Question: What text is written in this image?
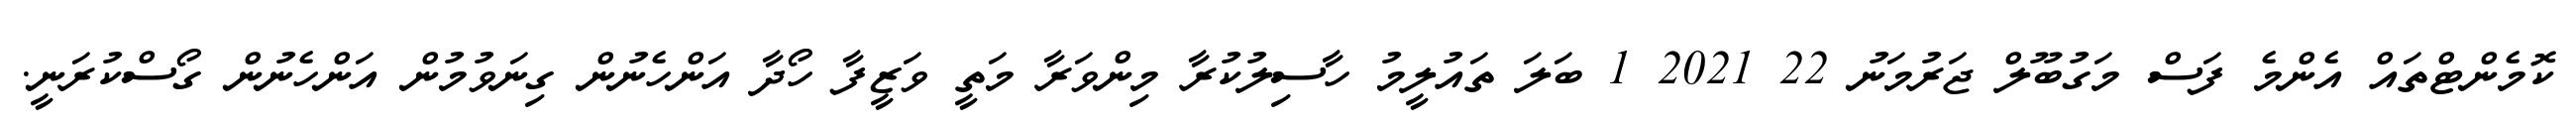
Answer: ކޮމެންޓްތައް އެންމެ ފަސް މަގުބޫލް ޖަރުމަނު 22 2021 1 ބަލަ ތައުލީމު ހާސިލުކުރާ މިންވަރާ މަތީ ވަޒީފާ ހޯދާ އަންހެނުން ގިނަވުމުން އަންހެނުން ގޯސްކުރަނީ.